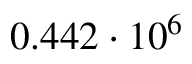
0 . 4 4 2 \cdot 1 0 ^ { 6 }